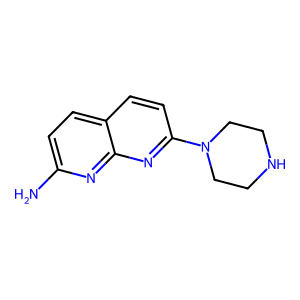
SMILES: Nc1ccc2ccc(N3CCNCC3)nc2n1
Inhibits HIV replication: No